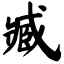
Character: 臧